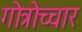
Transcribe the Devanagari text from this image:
गोत्रोच्चार